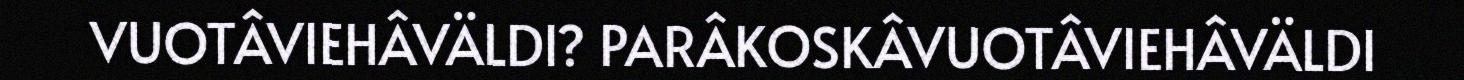
VUOTÂVIEHÂVÄLDI? PARÂKOSKÂVUOTÂVIEHÂVÄLDI